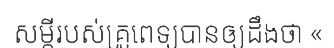
សម្តីរបស់គ្រូពេទ្យបានឲ្យដឹងថា «